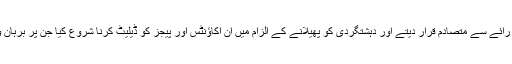
اس وقت فیس بک انتظامیہ نے آزادی اظہار رائے سے متصادم قرار دیتے اور دہشتگردی کو پھیلانے کے الزام میں ان اکاؤنٹس اور پیجز کو ڈیلیٹ کرنا شروع کیا جن پر برہان وانی اور کشمیریوں کی بات کی جارہی تھی۔